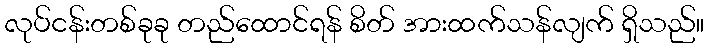
လုပ်ငန်းတစ်ခုခု တည်ထောင်ရန် စိတ် အားထက်သန်လျက် ရှိသည်။